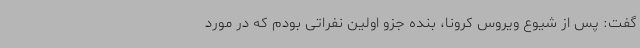
گفت: پس از شیوع ویروس کرونا، بنده جزو اولین نفراتی بودم که در مورد